Medical and sanitary report of the native army of Bengal for the year
Year: 1874
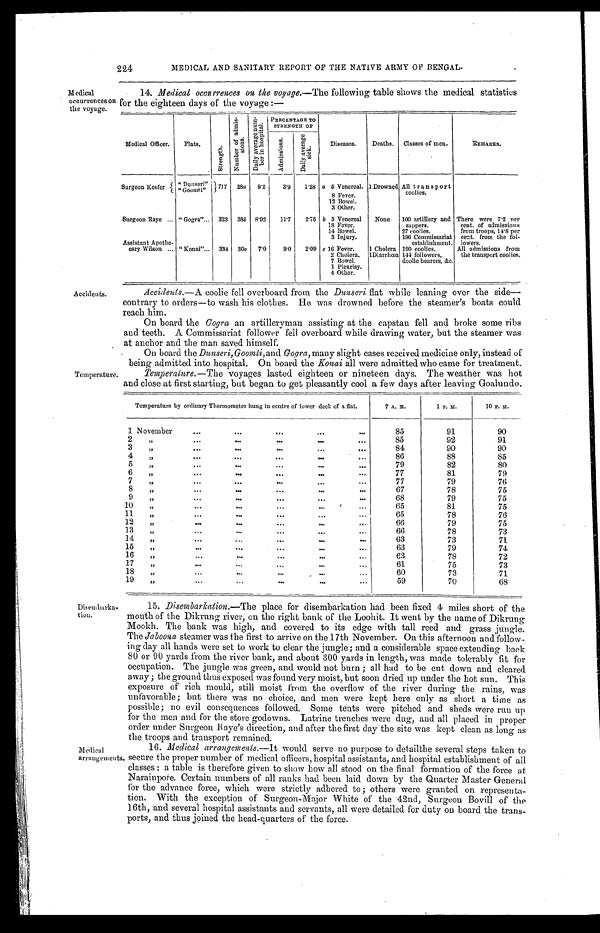
M edical
occurrences or
the voyage.
224
MEDICAL AND SANITARY REPORT OF THE NATIVE ARMY OF BENGAL
14. Medical occurrences on the voyage. —The following table shows the medical statistics
for the eighteen days of the voyage:—
Medical Officer. Flats.
S t r e n g t h .
N u m b e r o f a d m i s - s i o n s . D a i l y a v e r a g e n u m - b e r i n h o s p i t a l . PERCENTAGE TO STRENGTH OF
Diseases. Deaths. Classes of men.
REMARKS.
A d m i s s i o n s .
D a i l y a v e r a g e S i c k .
Surgeon Keefer
"Dunseri"
7 1 7
2 8
a
9 · 2
3 · 9
1 · 2 8 a 5 Venereal, 1 DrownedAll transport coolies,
"Goomti"
8 Fever.
12 Bowel.
3 Other.
Surgeon Raye
"Gogra"
3 2 3
3 8
b
8 · 9 2
1 1 · 7
2 · 7 6 b 3 Venereal None 100 artillery and sappers. Th e r e we r e 7 · 2 p e r c e n t . o f a d mi s s i o n s f r o m t r o o p s , 1 4 · 8 p e r c e n t . f r o m t h e f o l - l o we r s .
18 Fever.
14 Bowel.
27 coolies.
3 Injury.
196 commi ssari at establ i shment.
Assi stant Apothe-cary Wi l son "Konai"
3 3 4
3 0
c
7 · 0
9 · 0
2 · 0 9 c 16 Fever 1 Cholera 190 coolies.
Al l admi ssi ons from the transport cool i es.
2 Cholera. 1 Diarrhœa 144 f ol l ower s, dool i e bear er s, &c.
7 Bowel.
1 Pleurisy.
4 Other.
Accidents.
Temperatur
e.
Disembarka-tion.
Accidents. —A coolie fell overboard from the Dunseri flat while leaning over the side
—contrary to orders—to wash his clothes. He was drowned before the steamer's boats could
reach him.
On board the Gogra an artilleryman assisting at the capstan fell and broke some ribs
and teeth. A Commissariat follower fell overboard while drawing water, but the steamer was
at anchor and the man saved himself.
On board the Dunseri, Goomti, and Gogra, many slight cases received medicine only, instead of
being admitted into hospital. On board the Konai all were admitted who came for treatment.
Temperature.—The voyages lasted eighteen or nineteen days. The weather was hot
and close at first starting, but began to get pleasantly cool a few days after leaving Goalundo.
Temperature by ordinary Thermometer hung in centre of lower deck of a flat.
7 A. M.
1 P. M.
10 P. M.
1 November
85
91
90
2 "
85
92
91
3 "
84
90
90
4 "
86
88
85
5 "
79
82
80
6 "
77
81
79
7 "
77
79
76
8 "
67
78
75
9 "
68
79
75
10 "
65
81
75
11 "
65
78
76
12 "
66
79
75
13 "
66
78
73
14 "
63
73
71
15 "
63
79
74
16 "
63
78
72
17 "
61
75
73
18 "
60
73
71
19 "
59
70
6 8
15. Disembarkation.—The place for disembarkation had been fixed 4 miles short of the
mouth of the Dikrung river, on the right bank of the Loohit. It went by the name of Dikrung
Mookh. The bank was high, and covered to its edge with tall reed and grass jungle.
The Jaboona steamer was the first to arrive on the 17th November. On this afternoon and follow
-ing day all hands were set to work to clear the jungle; and a considerable space extending back
80 or 90 yards from the river bank, and about 300 yards in length, was made tolerably fit for
occupation. The jungle was green, and would not burn; all had to be cut down and cleared
away; the ground thus exposed was found very moist, but soon dried up under the hot sun. This
exposure of rich mould, still moist from the overflow of the river during the rains, was
unfavorable; but there was no choice, and men were kept here only as short a time as
possible; no evil consequences followed. Some tents were pitched and sheds were run up
for the men and for the store godowns. Latrine trenches were dug, and all placed in proper
order under Surgeon Raye's direction, and after the first day the site was kept clean as long as
the troops and transport remained.
Medical
arrangements.
16. Medical arrangements. —It would serve no purpose to detailthe several steps taken to
secure the proper number of medical officers, hospital assistants, and hospital establishment of all
classes: a table is therefore given to show how all stood on the final formation of the force at
Narainpore. Certain numbers of all ranks had been laid down by the Quarter Master General
for the advance force, which were strictly adhered to; others were granted on representa
-tion. With the exception of Surgeon-Major White of the 42nd, Surgeon Bovill of the
16th, and several hospital assistants and servants, all were detailed for duty on board the trans
-ports, and thus joined the head-quarters of the force.